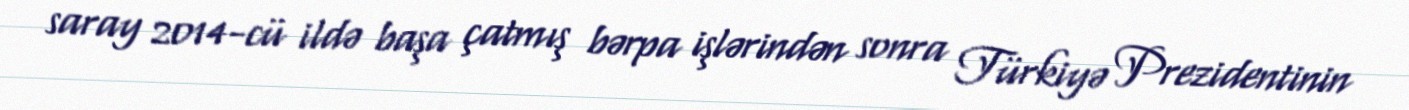
saray 2014-cü ildə başa çatmış bərpa işlərindən sonra Türkiyə Prezidentinin